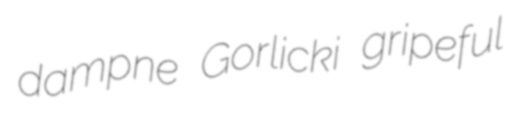
dampne Gorlicki gripeful